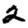
Digit: 2